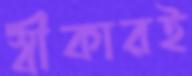
স্বীকারই